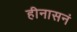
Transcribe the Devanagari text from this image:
हीनासनं